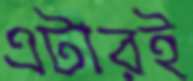
এটারই